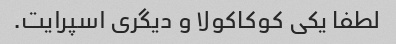
لطفا یکی کوکاکولا و دیگری اسپرایت.